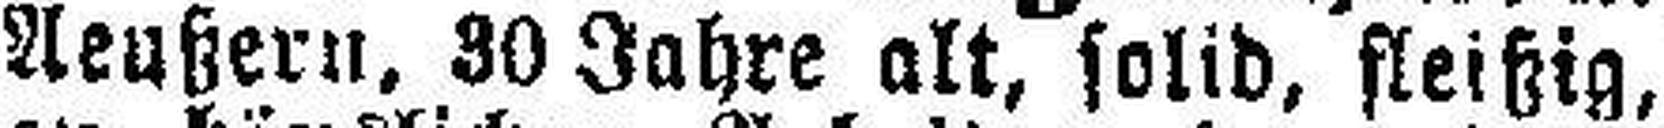
Aeußern, 30 Jahre alt, solid, fleißig,